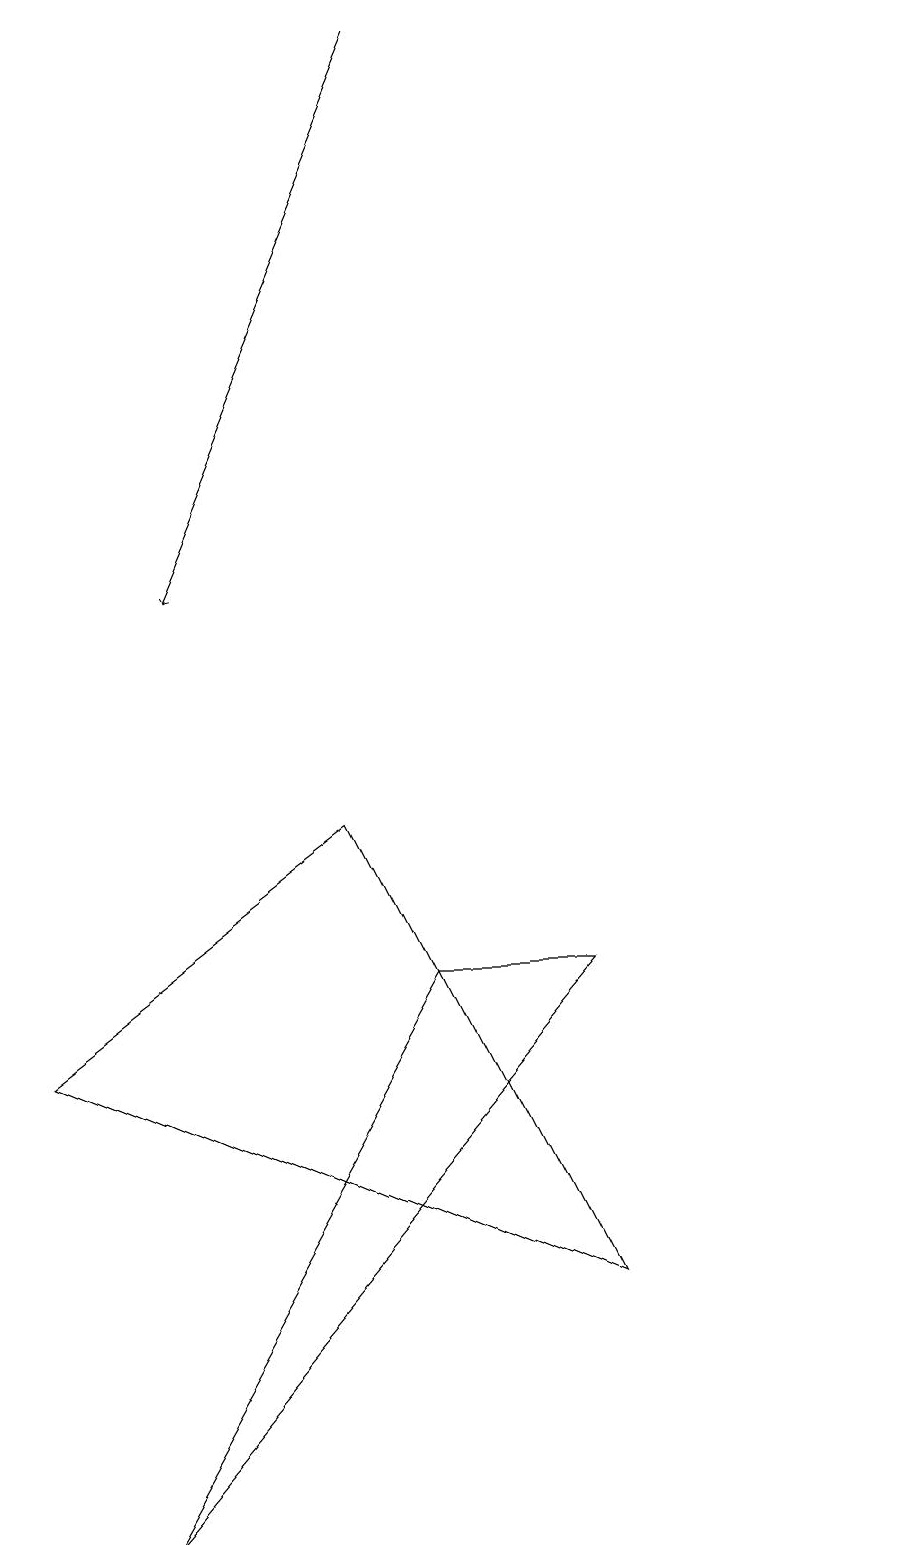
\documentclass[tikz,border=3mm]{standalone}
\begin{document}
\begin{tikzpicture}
\draw[->] (6,19) -- (3,12);
\draw (5,9) -- (8,3) -- (1,6) -- cycle;
\draw (12,10) circle (0);
\draw (8,7) -- (2,0) -- (6,7) -- cycle;
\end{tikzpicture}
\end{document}